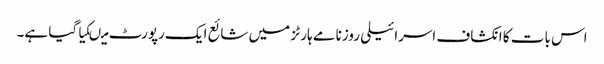
اس بات کا انکشاف اسرائیلی روزنامے ہارٹز میں شائع ایک رپورٹ میںکیاگیا ہے۔